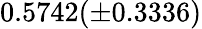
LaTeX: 0.5742(\pm 0.3336)